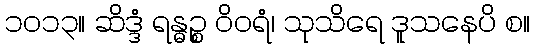
၁၀၁၃။ ဆိဒ္ဒံ ရန္ဓဉ္စ ဝိဝရံ၊ သုသိရေ ဒူသနေပိ စ။